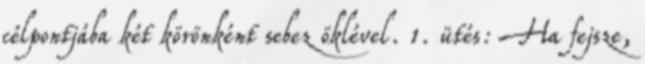
célpontjába két körönként sebez öklével. 1. ütés: Ha fejsze,